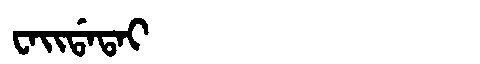
Manchu: ᠸᠠᡳᡩᠠᡨᠠᡳ
Romanization: WAIDATAI